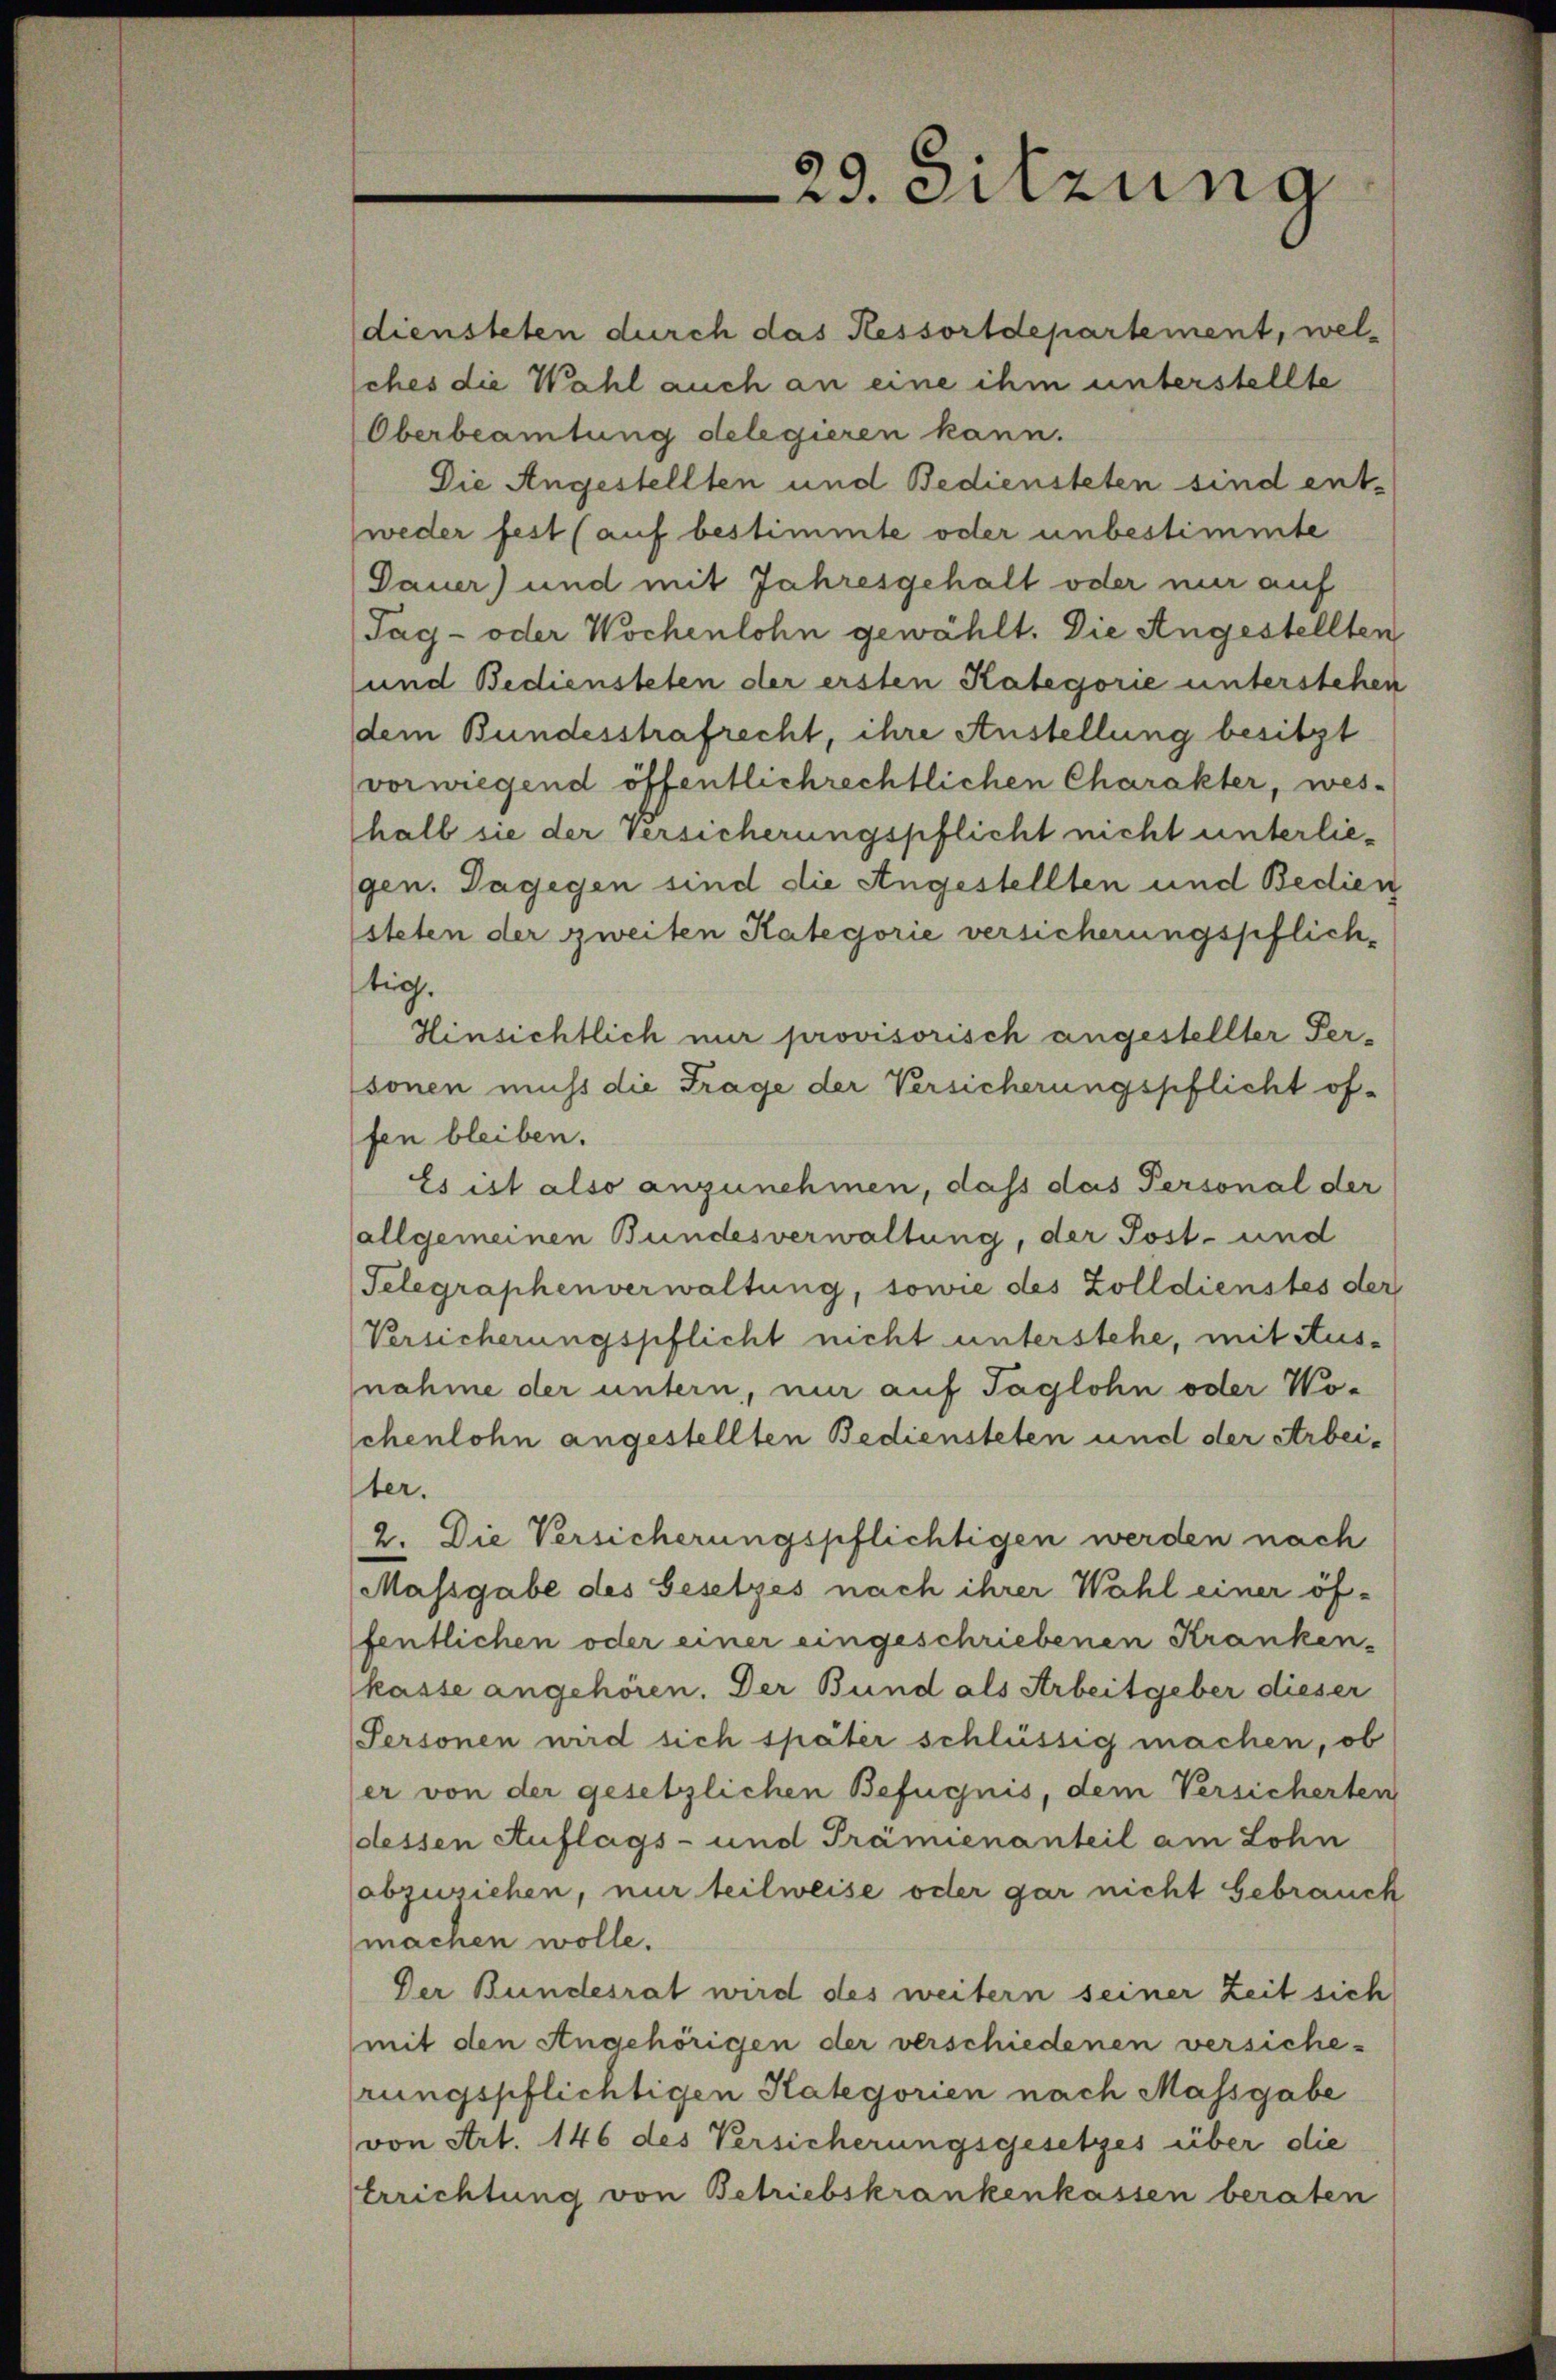
diensteten durch das Ressortdepartement, welches die Wahl auch an eine ihm unterstellte
Oberbeamtung delegieren kann.
Die Angestellten und Bediensteten sind entweder fest (auf bestimmte oder unbestimmte
Dauer) und mit Jahresgehalt oder nur auf
Tag- oder Wochenlohn gewählt. Die Angestellten
und Bediensteten der ersten Kategorie unterstehen
dem Bundesstrafrecht, ihre Anstellung besitzt
vorwiegend öffentlichrechtlichen Charakter, weshalb sie der Versicherungspflicht nicht unterliegen. Dagegen sind die Angestellten und Bedien
steten der zweiten Kategorie versicherungspflichtig.
Hinsichtlich nur provisorisch angestellter Personen muss die Trage der Versicherungspflicht offen bleiben.
Es ist also anzunehmen, dass das Personal der
allgemeinen Bundesverwaltung, der Post- und
Telegraphenverwaltung, sowie des Zolldienstes der
Versicherungspflicht nicht unterstehe, mit Ausnahme der untern, nur auf Taglohn oder Woschenlohn angestellten Bediensteten und der Arbeiter.
2. Die Versicherungspflichtigen werden nach
Massgabe des Gesetzes nach ihrer Wahl einer öffentlichen oder einer eingeschriebenen Kranken-
kasse angehören. Der Bund als Arbeitgeber dieser
Personen wird sich später schlüssig machen, ob
er von der gesetzlichen Befugnis, dem Versicherten
dessen Auflags- und Tramienanteil am Lohn
abzurichen, nur teilweise oder gar nicht Gebrauch
machen wolle.
Der Bundesrat wird des weitern seiner Zeit sich
mit den Angehörigen der verschiedenen versiche-
rungspflichtigen Kategorien nach Massgabe
von Art. 146 des Versicherungsgesetzes über die
Errichtung von Betriebskrankenkassen beraten

29. Sitzung